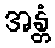
အန္တံ